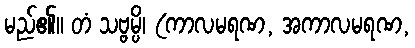
မည်၏။ တံ သဗ္ဗမ္ပိ၊ (ကာလမရဏ, အကာလမရဏ,